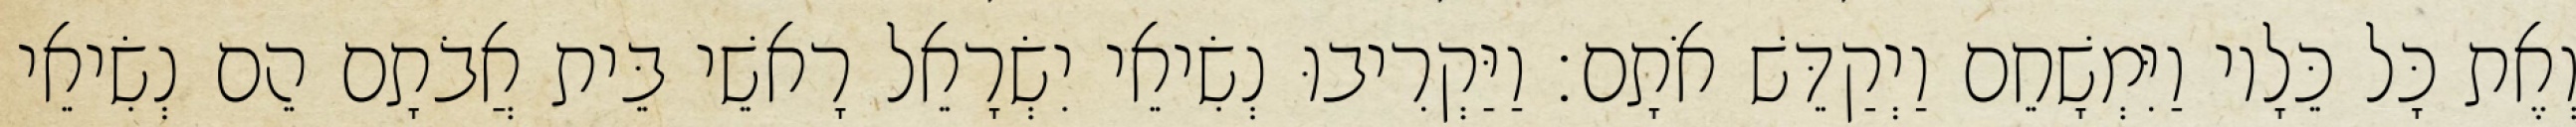
וְאֶת כָּל כֵּלָיו וַיִּמְשָׁחֵם וַיְקַדֵּשׁ אֹתָם׃ וַיַּקְרִיבוּ נְשִׂיאֵי יִשְׂרָאֵל רָאשֵׁי בֵּית אֲבֹתָם הֵם נְשִׂיאֵי